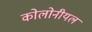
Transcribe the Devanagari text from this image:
कोलोनीयल